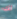
لك